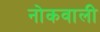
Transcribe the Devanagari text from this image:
नोकवाली